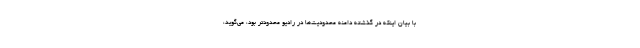
با بیان اینکه در گذشته دامنه محدودیت‌ها در رادیو محدودتر بود، می‌گوید،